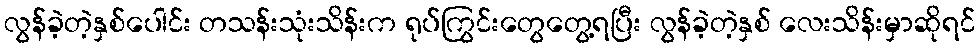
လွန်ခဲ့တဲ့နှစ်ပေါင်း တသန်းသုံးသိန်းက ရုပ်ကြွင်းတွေတွေ့ရပြီး လွန်ခဲ့တဲ့နှစ် လေးသိန်းမှာဆိုရင်